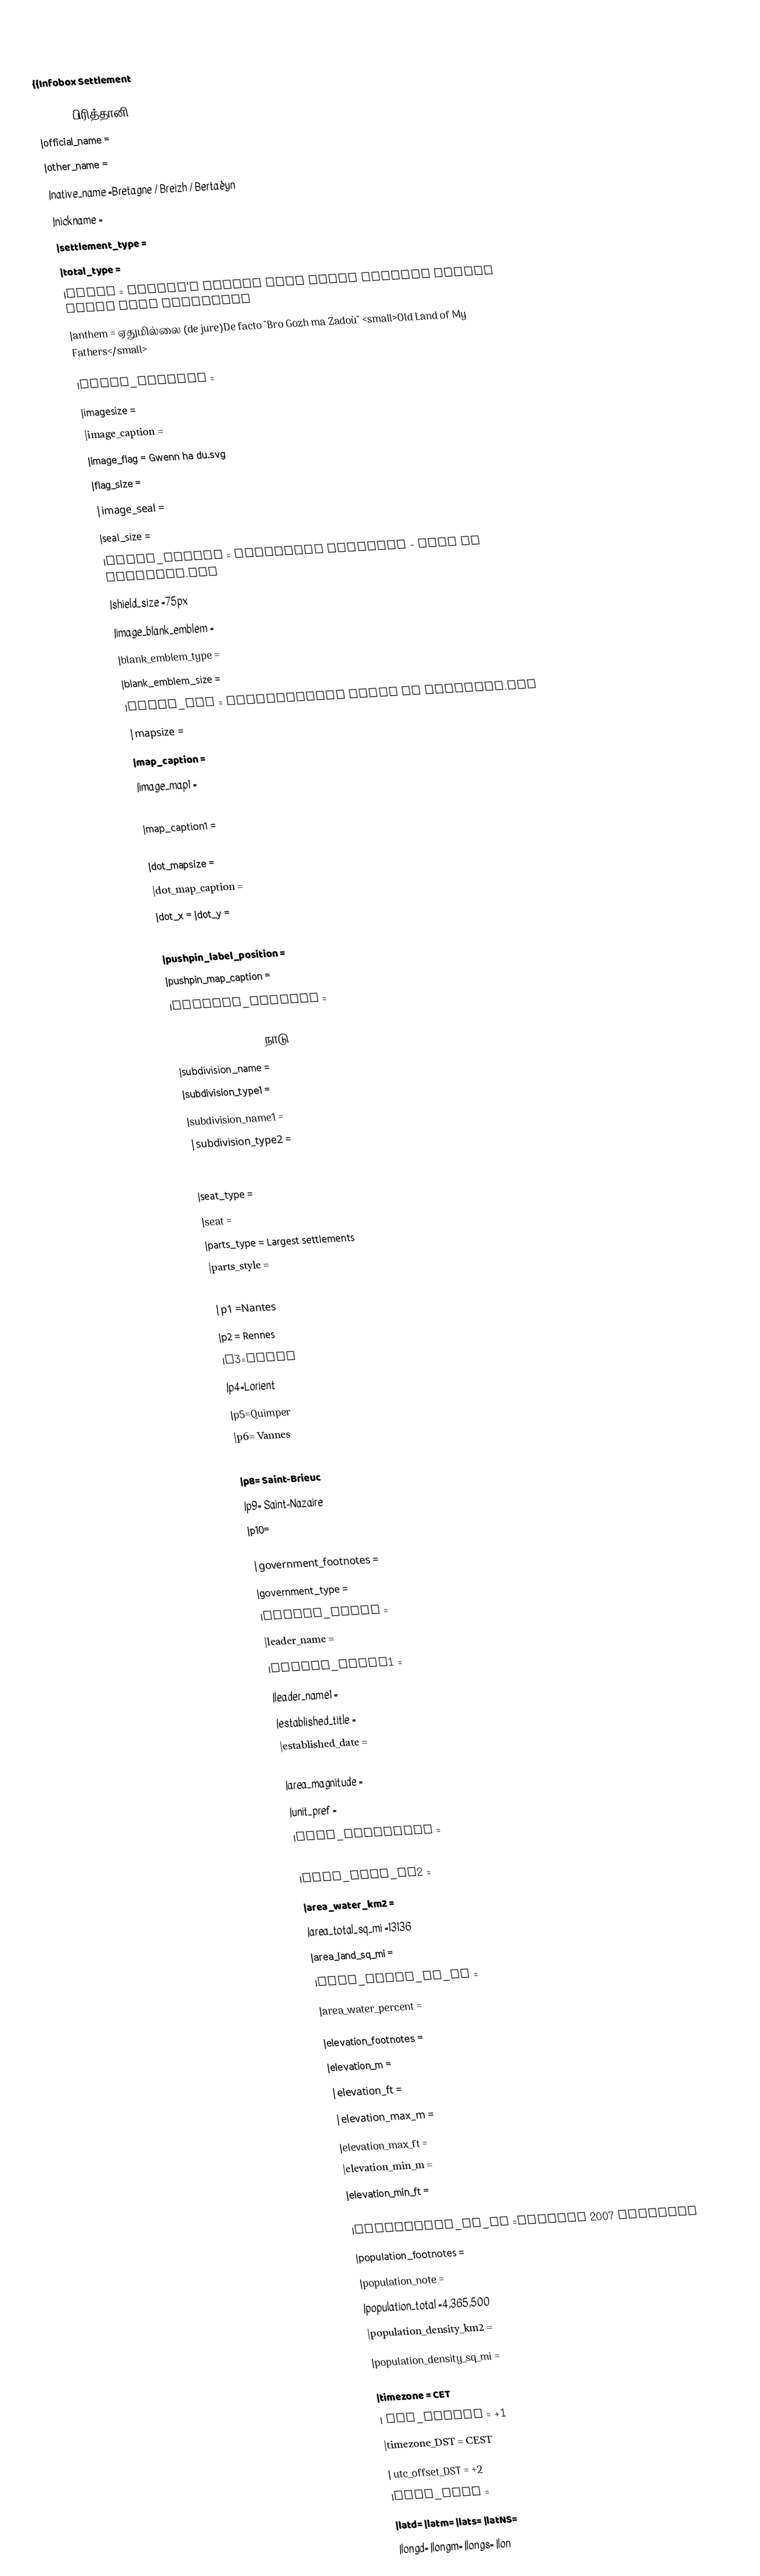
{{Infobox Settlement

|name = பிரித்தானி
|official_name =
|other_name =
|native_name =Bretagne / Breizh / Bertaèyn
|nickname =
|settlement_type =
|total_type =
|motto = Kentoc'h mervel eget bezañ saotret Rather death than dishonour
|anthem = ஏதுமில்லை (de jure)De facto "Bro Gozh ma Zadoù" <small>Old Land of My Fathers</small>

|image_skyline =
|imagesize =
|image_caption =
|image_flag = Gwenn ha du.svg
|flag_size =
|image_seal =
|seal_size =
|image_shield = Armoiries Bretagne - Arms of Brittany.svg
|shield_size =75px
|image_blank_emblem =
|blank_emblem_type =
|blank_emblem_size =
|image_map = Localisation Duché de Bretagne.svg
|mapsize =
|map_caption =
|image_map1 =
|mapsize1 =
|map_caption1 =
|image_dot_map =
|dot_mapsize =
|dot_map_caption =
|dot_x = |dot_y =
|pushpin_map =
|pushpin_label_position =
|pushpin_map_caption =
|pushpin_mapsize =

|subdivision_type = நாடு
|subdivision_name =
|subdivision_type1 =
|subdivision_name1 =
|subdivision_type2 =
|subdivision_name2 =

|seat_type =
|seat =
|parts_type = Largest settlements
|parts_style =
|parts =
|p1 =Nantes
|p2 = Rennes
|p3=Brest
|p4=Lorient
|p5=Quimper
|p6= Vannes
|p7=Redon
|p8= Saint-Brieuc
|p9= Saint-Nazaire
|p10=

|government_footnotes =
|government_type =
|leader_title =
|leader_name =
|leader_title1 =
|leader_name1 =
|established_title =
|established_date =

|area_magnitude =
|unit_pref =
|area_footnotes =
|area_total_km2 =34023
|area_land_km2 =
|area_water_km2 =
|area_total_sq_mi =13136
|area_land_sq_mi =
|area_water_sq_mi =
|area_water_percent =

|elevation_footnotes =
|elevation_m =
|elevation_ft =
|elevation_max_m =
|elevation_max_ft =
|elevation_min_m =
|elevation_min_ft =

|population_as_of =January 2007 estimate
|population_footnotes =
|population_note =
|population_total =4,365,500
|population_density_km2 =
|population_density_sq_mi =

|timezone = CET
| utc_offset = +1
|timezone_DST = CEST
| utc_offset_DST = +2
|coor_type =
|latd= |latm= |lats= |latNS=
|longd= |longm= |longs= |lon